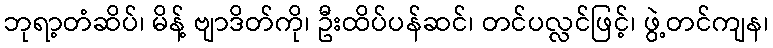
ဘုရာ့တံဆိပ်၊ မိန့် ဗျာဒိတ်ကို၊ ဦးထိပ်ပန်ဆင်၊ တင်ပလ္လင်ဖြင့်၊ ဖွဲ့တင်ကျန၊